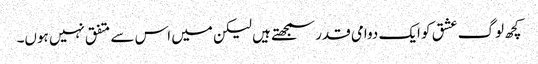
کچھ لوگ عشق کو ایک دوامی قدر سمجھتے ہیں لیکن میں اس سے متفق نہیں ہوں۔